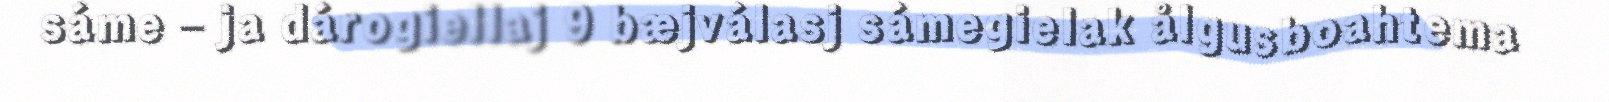
sáme – ja dárogiellaj 9 bæjválasj sámegielak ålgusboahtema